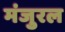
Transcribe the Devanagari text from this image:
मंजुरल